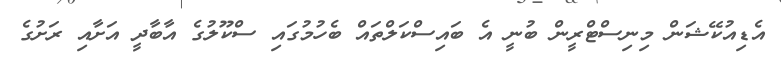
އެޑިއުކޭޝަން މިނިސްޓްރީން ބުނީ އެ ބައިސްކަލްތައް ބެހުމުގައި ސްކޫލުގެ އާބާދީ އަށާއި ރަށުގެ